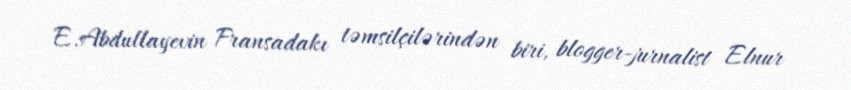
E.Abdullayevin Fransadakı təmsilçilərindən biri, blogger-jurnalist Elnur